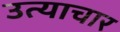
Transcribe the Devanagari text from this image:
उत्याचार